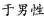
于男性